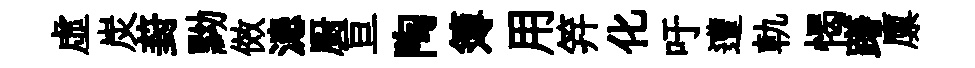
虛炭葑黝傚漶厨亘陶簿用笄化吁遭軌愒躇廪